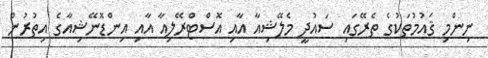
ނިންމި ޤައުމުތަކުގެ ތެރޭގައި ސައުދީ މެލޭޝިއާ އާއި އޮސްޓްރޭލިއާ އާއި އިންޑޮނޭޝިއާގެ އިތުރުން